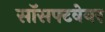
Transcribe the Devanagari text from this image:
सॉसफ्टवेयर